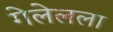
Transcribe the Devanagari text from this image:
गेलेलला